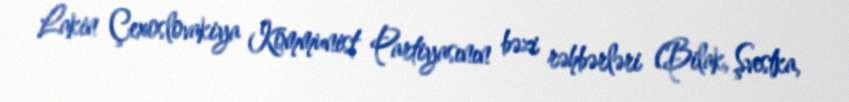
Lakin Çexoslovakiya Kommunist Partiyasının bəzi rəhbərləri (Bilak, Şvestka,